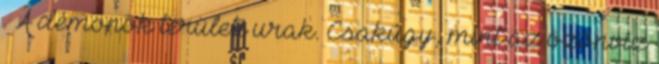
. A démonok területi urak. Csakúgy, mint az özönvíz